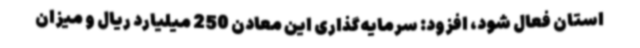
استان فعال شود، افزود: سرمایه‌گذاری این معادن 250 میلیارد ریال و میزان